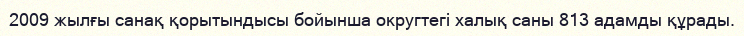
2009 жылғы санақ қорытындысы бойынша округтегі халық саны 813 адамды құрады.